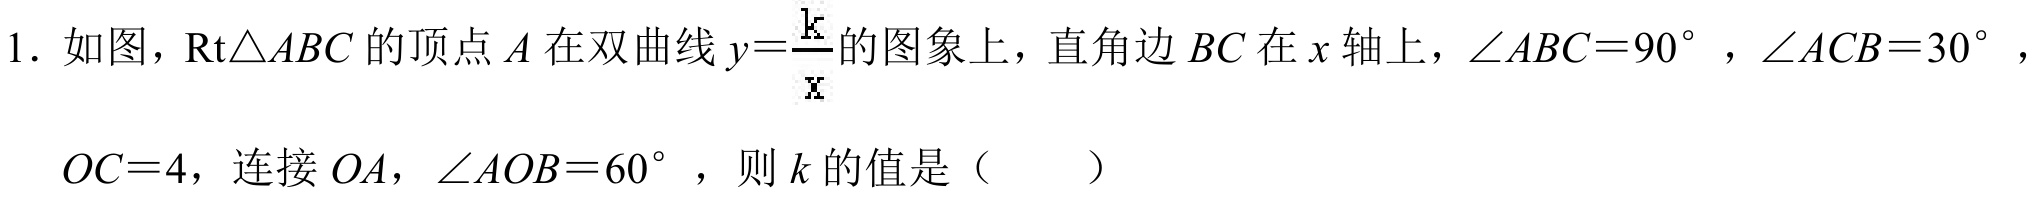
1. 如图，$\mathrm{Rt}\triangle ABC$的顶点$A$在双曲线$y = \frac{k}{x}$的图象上，直角边$BC$在$x$轴上，$\angle ABC = 90^{\circ}$，$\angle ACB = 30^{\circ}$，$OC = 4$，连接$OA$，$\angle AOB = 60^{\circ}$，则$k$的值是（  ）